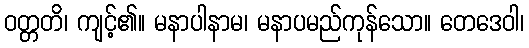
ဝတ္တတိ၊ ကျင့်၏။ မနာပါနာမ၊ မနာပမည်ကုန်သော။ တေဒေဝါ၊